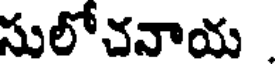
సులోచనాయ